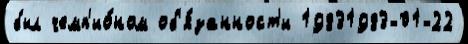
был чемп'ио́ном об'я́занност'и 19831983-01-22